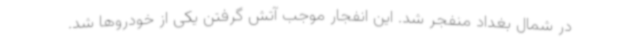
در شمال بغداد منفجر شد. این انفجار موجب آتش گرفتن یکی از خودروها شد.